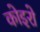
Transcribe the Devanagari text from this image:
कोइरो